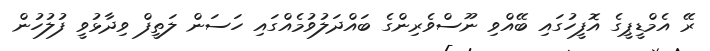
ރޭ އެމްޑީޕީގެ އޮފީހުގައި ބޭއްވި ނޫސްވެރިންގެ ބައްދަލުވުމެއްގައި ހަސަން ލަތީފް ވިދާޅުވީ ފުލުހުން